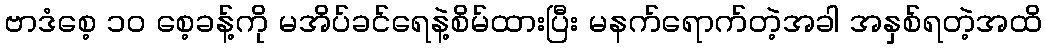
ဗာဒံစေ့ ၁၀ စေ့ခန့်ကို မအိပ်ခင်ရေနဲ့စိမ်ထားပြီး မနက်ရောက်တဲ့အခါ အနှစ်ရတဲ့အထိ